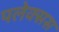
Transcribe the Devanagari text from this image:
पलेक्सस